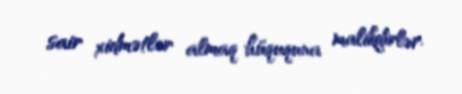
sair xidmətlər almaq hüququna malikdirlər.